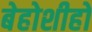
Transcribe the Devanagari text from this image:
बेहोशीहो